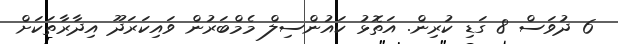
6 ދުވަސް 8 ގަޑި ކުރިން. އަތޮޅު ކައުންސިލް މެމްބަރުން ވައިކަރަދޫ އިދާރާތަކަށް